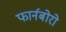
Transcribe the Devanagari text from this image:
फार्नबोरो